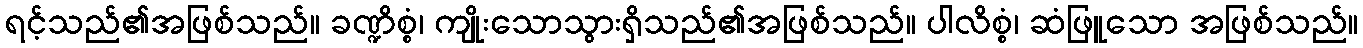
ရင့်သည်၏အဖြစ်သည်။ ခဏ္ဍိစ္စံ၊ ကျိုးသောသွားရှိသည်၏အဖြစ်သည်။ ပါလိစ္စံ၊ ဆံဖြူသော အဖြစ်သည်။